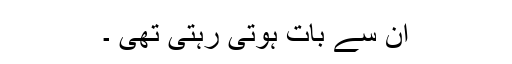
ان سے بات ہوتی رہتی تھی ۔